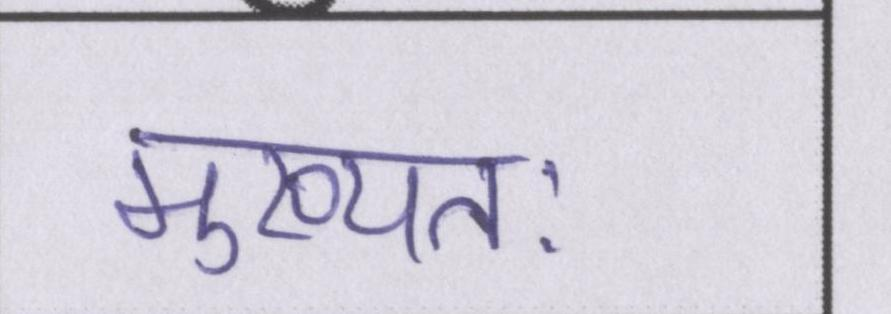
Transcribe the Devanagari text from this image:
मुख्यतः